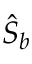
\hat { S } _ { b }